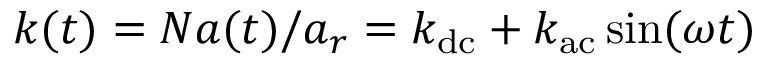
k ( t ) = N a ( t ) / a _ { r } = k _ { \mathrm { d c } } + k _ { \mathrm { a c } } \sin ( \omega t )